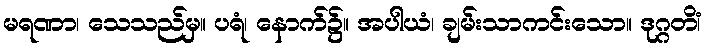
မရဏာ၊ သေသည်မှ။ ပရံ၊ နောက်၌။ အပါယံ၊ ချမ်းသာကင်းသော။ ဒုဂ္ဂတိံ၊